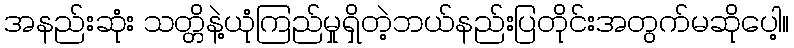
အနည်းဆုံး သတ္တိနဲ့ယုံကြည်မှုရှိတဲ့ဘယ်နည်းပြတိုင်းအတွက်မဆိုပေါ့။